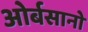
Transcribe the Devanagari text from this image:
ओर्बसानो